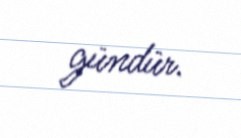
gündür.